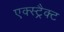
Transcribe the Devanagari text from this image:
एक्स्ट्रैक्ट